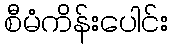
စီမံကိန်းပေါင်း